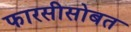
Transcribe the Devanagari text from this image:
फारसीसोबत